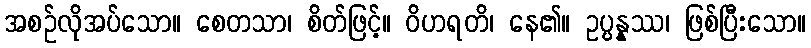
အစဉ်လိုအပ်သော။ စေတသာ၊ စိတ်ဖြင့်။ ဝိဟရတိ၊ နေ၏။ ဥပ္ပန္နဿ၊ ဖြစ်ပြီးသော။